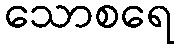
သောစရေ